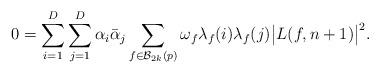
LaTeX: \begin{align*} 0=\sum_{i=1}^D\sum_{j=1}^D \alpha _i \bar{\alpha} _j \sum_{f\in \mathcal{B}_{2k}(p)} \omega_f \lambda_f(i) \lambda_f(j)\big|L(f, n+1) \big|^2. \end{align*}